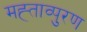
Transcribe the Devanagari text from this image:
मह्ताव्पुरण